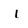
Character: l